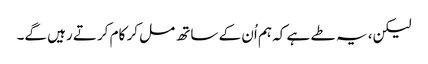
لیکن، یہ طے ہے کہ ہم اُن کے ساتھ مل کر کام کرتے رہیں گے۔